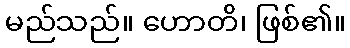
မည်သည်။ ဟောတိ၊ ဖြစ်၏။